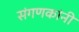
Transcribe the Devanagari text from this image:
संगणकांनी